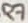
Text: R7